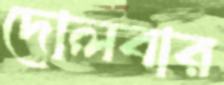
দোলবার